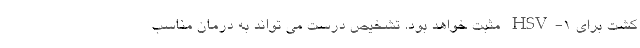
کشت برای HSV-1 مثبت خواهد بود. تشخیص درست می تواند به درمان مناسب